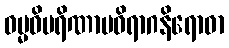
ဓမ္မဝိပရိဏာမဝိရာဂနိရောဓာ